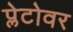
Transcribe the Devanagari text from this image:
प्लेटोवर